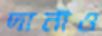
দানীও